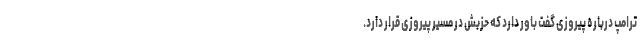
ترامپ درباره پیروزی گفت باور دارد که حزبش در مسیر پیروزی قرار دارد.